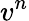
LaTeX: v^{n}